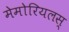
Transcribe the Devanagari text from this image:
मेमोरियलस्